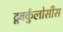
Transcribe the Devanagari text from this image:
टूबर्कुलोसीस